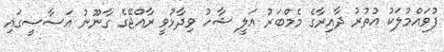
ފުވައްމުލަކު އުތުރު ދާއިރާގެ މެމްބަރު އަލީ ޝާހު ވިދާޅުވީ ރާއްޖޭގެ ގާނޫނު އަސާސީގައި